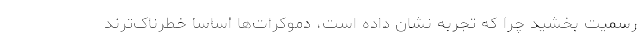
رسمیت بخشید چرا که تجربه نشان داده است، دموکرات‌ها اساساً خطرناک‌ترند